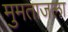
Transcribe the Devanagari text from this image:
मुमताजला